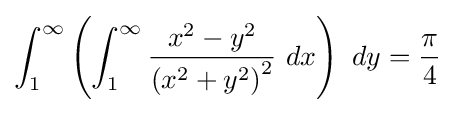
\int _{1}^{\infty }\left(\int _{1}^{\infty }{\frac {x^{2}-y^{2}}{\left(x^{2}+y^{2}\right)^{2}}}\ dx\right)\ dy={\frac {\pi }{4}}\